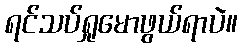
ရင်သပ်ရှုမောဖွယ်ရာပဲ။